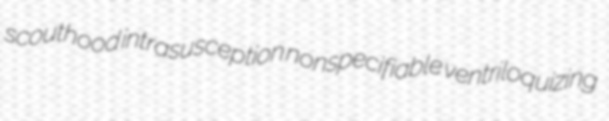
scouthood intrasusception nonspecifiable ventriloquizing